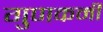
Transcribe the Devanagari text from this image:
गुणकर्मीं